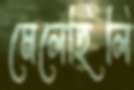
মেলেছিলি